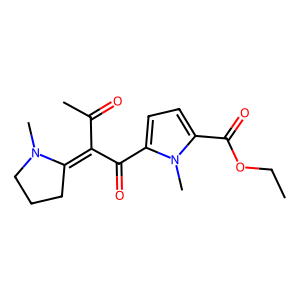
SMILES: CCOC(=O)c1ccc(C(=O)C(C(C)=O)=C2CCCN2C)n1C
Inhibits HIV replication: No